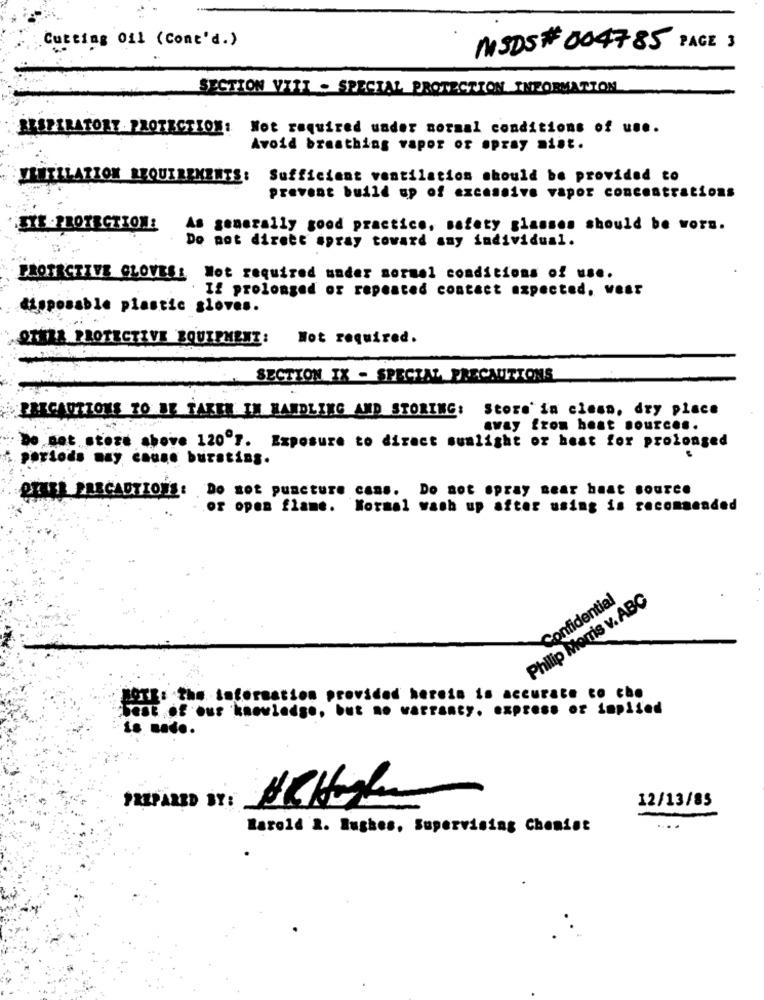
Cutting 011 (Cont'd.)
MSDS#004785 PACE 3
SECTION VIZI - SPECIAL PROTECTION INFORMATION
RESPIRATORY PROTECTION: Not required under normal conditions of u ...
Avoid breathing vapor or opray mist.
VRETLLATION REQUIREMENTS: Sufficient ventilation should be provided to
prevent build up of excessive vapor concentrations
As generally good practice, safety glasses should be worn.
Do not direct spray toward any individual.
PROTECTIVE GLOVES: Not required under sormal conditions of us ..
If prolonged or repeated contact expected, weat
disposable plastic sloves.
QREZA PROTECTIVE EQUIPMENZ :
Not required.
SECTION IX - SPECIAL PRECAUTIONS
PRECAUTIONS TO BE TAKEN IN HANDLING AND STORING: Store'in clean, dry place
away from heat source ..
Do not store above 120"7. Exposure to direct sunlight or heat for prolonged
periods may cause bursting.
OTELL PRECAUTIONS: Do not puncture cans. Do not spray near haat source
or open flame. Normal wash up after using is recommended
Philip Morris v. ABC
Confidential
POTE the information provided hereis is accurate co che
ofour knowledge. but .. warranty. express or implied
is nado.
12/13/85
PREPARED BY:
Harold 2. Hughes, Supervising Chemist